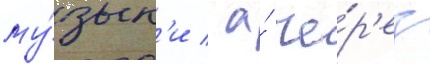
му́зык'и / а́ че́р'ез